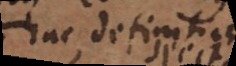
hac definitione